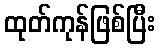
ထုတ်ကုန်ဖြစ်ပြီး